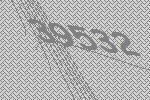
39532